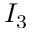
I _ { 3 }